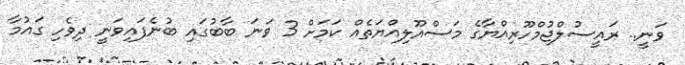
ވަނީ.. ރައީސުލްޖުމްހޫރިއްޔާގެ މަސްއޫލިއްޔަތެއް ކަމަށް 3 ވަނަ ބާބުގައި ބުނެފައިވަނީ ދިވެހި ގައުމާ